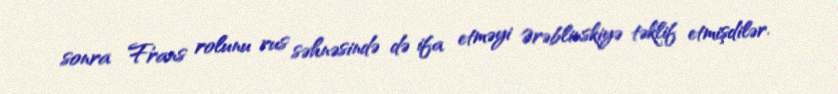
sonra Frans rolunu rus səhnəsində də ifa etməyi Ərəblinskiyə təklif etmişdilər.